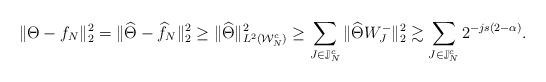
LaTeX: \begin{align*}\| \Theta - f_N \|_2^2 &= \| \widehat{\Theta} - \widehat{f}_N \|_2^2\ge \| \widehat{\Theta} \|_{L^2(\mathcal{W}^c_N)}^2\ge \sum_{J\in \mathbb{J}^c_N} \| \widehat{\Theta} W^{-}_J \|^2_2\gtrsim \sum_{J\in \mathbb{J}^c_N} 2^{-js(2-\alpha)}.\end{align*}